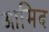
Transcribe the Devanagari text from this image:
आमिद